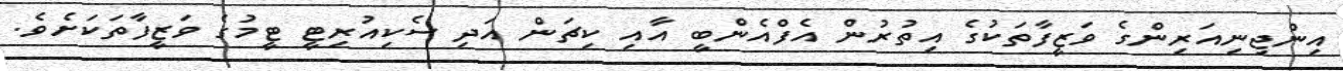
އިންޖިނިއަރިންގެ ވަޒީފާތަކުގެ އިތުރުން އެފްއެންބީ އާއި ކިޗަން އަދި ސެކިއުރިޓީ ޓީމުގެ ވަޒީފާތަކަށެވެ.